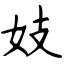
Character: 妓